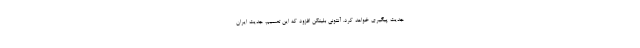
جدیت پیگیری خواهد کرد. آنتونی بلینکن افزود که این تصمیم، جدیت ایران